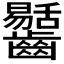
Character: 𪙶